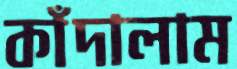
কাঁদালাম